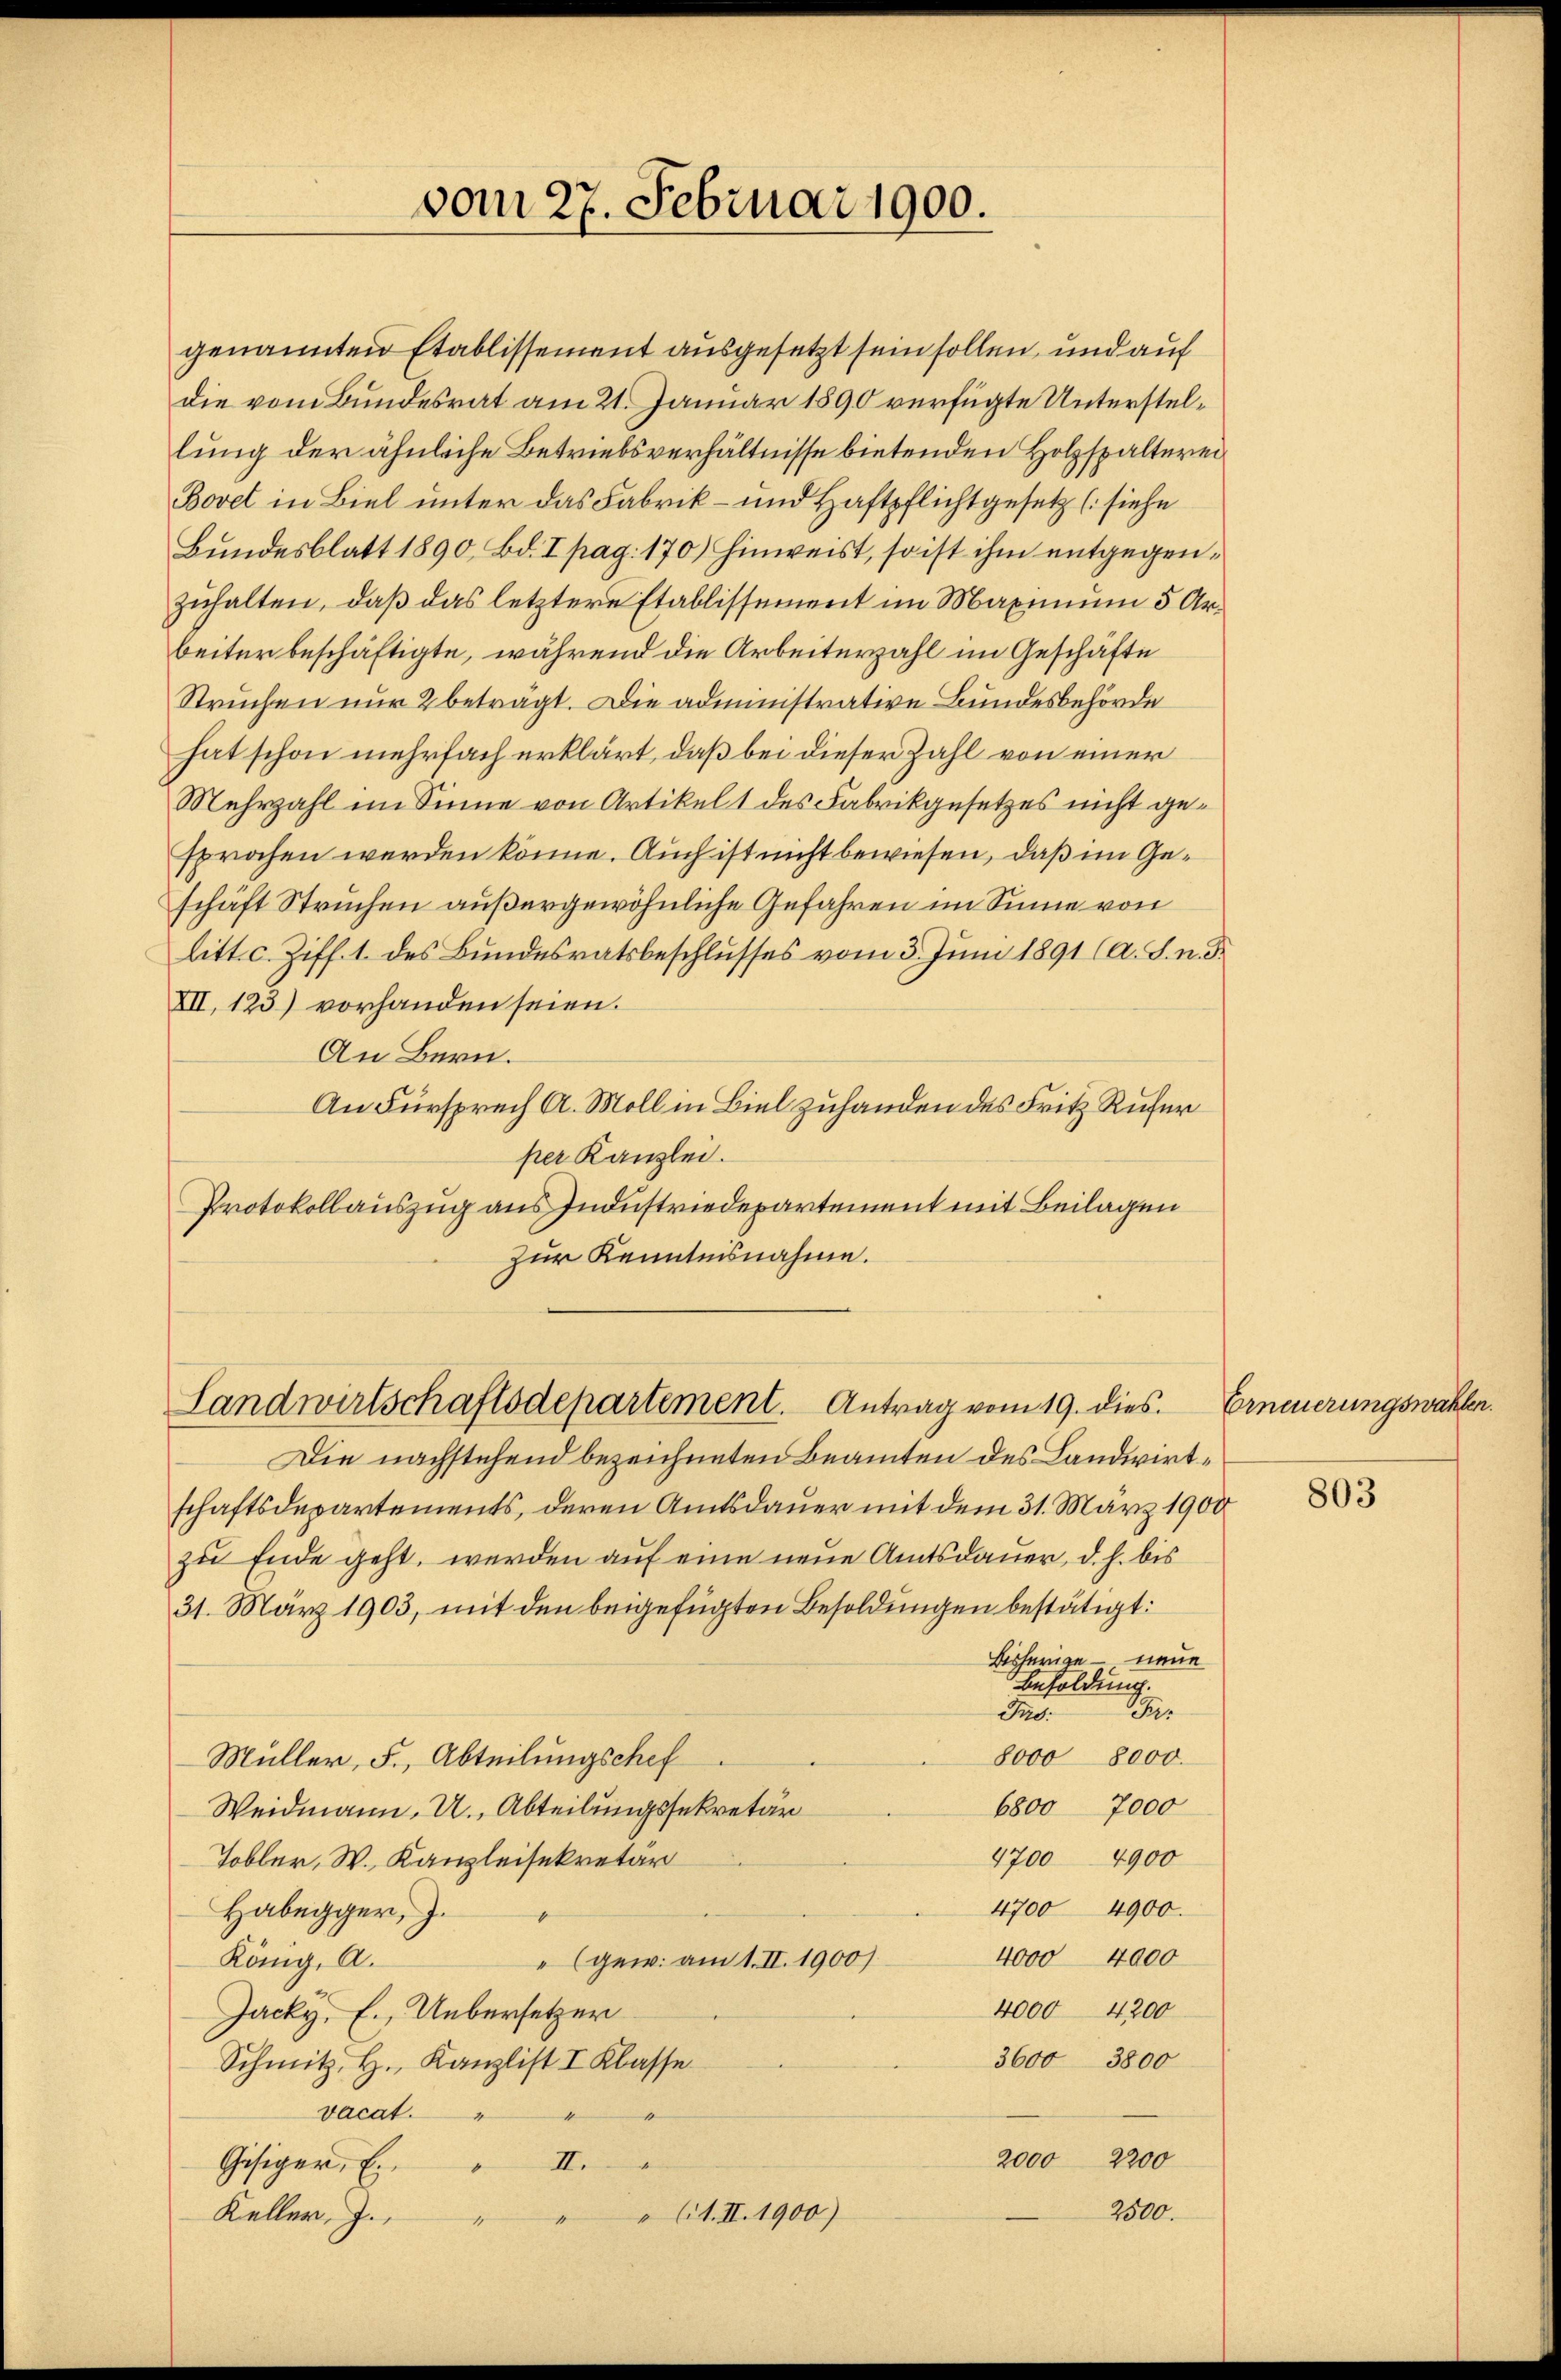
vom 27. Februar 1900.

Landwirtschaftsdepartement. Antrag vom 19. dies

genannten Etablissement ausgesetzt sein sollen, und auf
die vom Bundesrat am 21. Januar 1890 verfügte Unterstellung der ähnliche Betriebsverhältnisse bietenden Holzspalterei
Bovet in Biel unter das Fabrik- und Haftpflichtgesetz (siehe
Bundesblatt 1890, Bd. I pag. 170) hinweist, so ist ihm entgegenzuhalten, daß das letztere Etablissement im Maximum 5 Arbeiter beschäftigte, während die Arbeiterzahl im Geschäfte
Struchen nur 2 beträgt. Die administrative Bundesbehörde
hat schon mehrfach erklärt, daß bei dieser Zahl von einer
Mehrzahl im Sinne von Artikel 1 des Fabrikgesetzes nicht gesprochen werden könne. Auch ist nicht bewiesen, daß im Geschäft Struchen außergewöhnliche Gefahren im Sinne von
litt. c. Ziff. 1. des Bundesratsbeschlusses vom 3. Juni 1891 (a. S. n. 3.
XII, 123) vorhanden seien.
An Bern.
An Fürsprech A. Moll in Biel zuhanden des Fritz Rufer
per Kanzlei.
Protokollauszug aus Industriedepartement mit Beilagen
Zur Kenntnisnahme.

Die nachstehend bezeichneten Beamten des Landwirtschaftsdepartements, deren Amtsdauer mit dem 31. März 1900
zu Ende geht, werden auf eine neue Amtsdauer, d. h. bis
31. März 1903, mit den beigefügten Besoldungen bestätigt:
Bisherige – neue
Besoldung.
Pr
Pro.
8000 8000.
Müller, F., Abteilungschef
6800 7000
Weidmann. U., Abteilungssekretär
4700 4900
Tobler, W., Kanzleisekretär
4700 4900.
Habegger, J.
4000 4000
" (gew. am 1. II. 1900)
König. A.
4000 4200
Jacky, E., Uebersetzer
3600 3800
Schmitz, H. Kanzlist I Klasse
vacat.
—
2000 2200
Gesiger, E. " II.
2500.
Ct. II. 1900)
Keller, J.
4

Erneuerungswahlen.

803